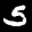
Label: 5